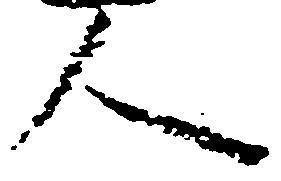
人